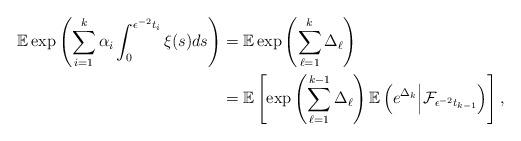
LaTeX: \begin{align*} \begin{aligned}\mathbb E \exp\left(\sum_{i=1}^k\alpha_i\int_0^{\epsilon^{-2}t_i}\xi(s)ds\right)&=\mathbb E \exp\left(\sum^{k}_{\ell=1}\Delta_\ell\right)\\&=\mathbb E \left[\exp\left(\sum^{k-1}_{\ell=1}\Delta_\ell\right) \mathbb E\left(e^{\Delta_k}\Big|\mathcal{F}_{\epsilon^{-2} t_{k-1}}\right)\right],\end{aligned}\end{align*}